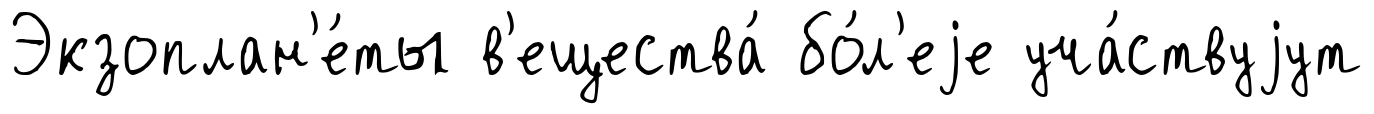
Экзоплан'е́ты в'ещества́ бо́л'еjе уча́ствуjут